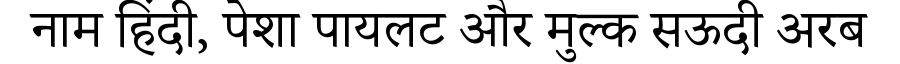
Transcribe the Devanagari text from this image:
नाम हिंदी, पेशा पायलट और मुल्क सऊदी अरब